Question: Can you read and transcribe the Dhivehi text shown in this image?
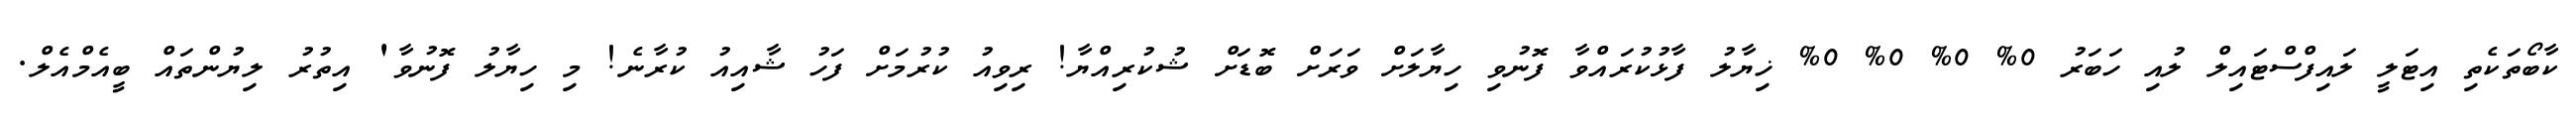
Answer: ކާބޯތަކެތި އިޓަލީ ލައިފްސްޓައިލް ލުއި ހަބަރު 0% 0% 0% 0% ޚިޔާލު ފާޅުކުރައްވާ ފޮނުވި ހިޔާލަށް ވަރަށް ބޮޑަށް ޝުކުރިއްޔާ! ރިވިއު ކުރުމަށް ފަހު ޝާއިއު ކުރާނެ! މި ހިޔާލު ފޮނުވާ' އިތުރު ލިޔުންތައް ބީއެމްއެލް.